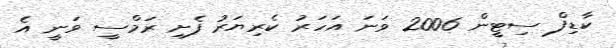
ކާޑިފް ސިޓީން 2006 ވަނަ އަހަރު ކެރިޔަރު ފެށި ރަމްސީ ވަނީ އެ